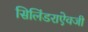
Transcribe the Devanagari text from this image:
सिलिंडराऐवजी